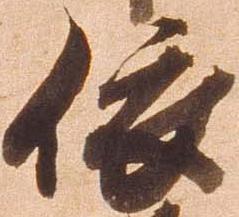
依